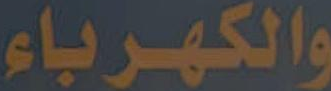
والكهرباء